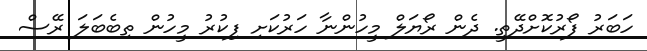
ހަބަރު ފޯރުކޮށްދޭތީ. ދެން ރޯޔަލް މީހުންނާ ހަރުކަށި ފިކުރު މީހުން ތިބެބަލަ ރޭސް